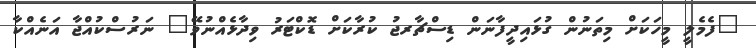
"ފެމެލީ މީހަކަށް މިތަނުން ގުޅައިދީފާނަން ޑިސްޗާރޖު ކުރާކަށް ޑޮކްޓަރު ވިދާޅެއްނުވޭ" ނަރުސްކުއްޖާ އަނެއްކާ